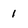
Character: 1